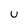
Character: U